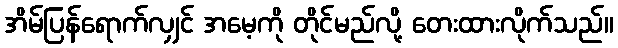
အိမ်ပြန်ရောက်လျှင် အမေ့ကို တိုင်မည်လို့ တေးထားလိုက်သည်။